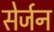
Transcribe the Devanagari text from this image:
सेर्जन